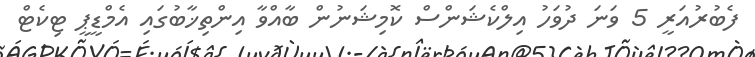
ފެބުރުއަރީ 5 ވަނަ ދުވަހު އިލްކެޝަންސް ކޮމިޝަނުން ބާއްވާ އިންތިޚާބުގައި އެމްޑީޕީ ޓިކެޓް